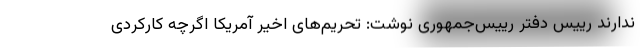
ندارند رییس دفتر رییس‌جمهوری نوشت: تحریم‌های اخیر آمریکا اگرچه کارکردی